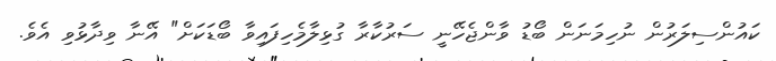
ކައުންސިލަރުން ނުހިމަނަން ބޯޑު ވާންޖެހޭނީ ސަރުކާރާ ގުޅިލާމެހިފައިވާ ބޯޑަކަށް" އޭނާ ވިދާޅުވި އެވެ.